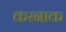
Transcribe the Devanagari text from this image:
करनाक